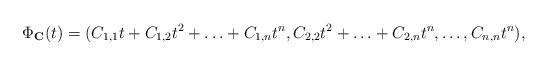
LaTeX: \begin{align*}\Phi_{\textbf{C}}(t)=(C_{1,1}t+C_{1,2}t^2+\ldots+C_{1,n}t^n,C_{2,2}t^2+\ldots+C_{2,n}t^n,\ldots,C_{n,n}t^n),\end{align*}